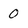
Character: 0